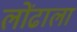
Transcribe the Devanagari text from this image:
लोंढाला